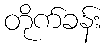
တိုက်ခန်း